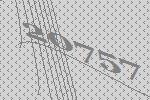
20757